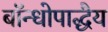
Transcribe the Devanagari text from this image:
बॉन्धोपाद्धैय